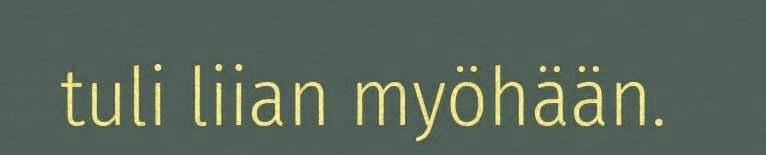
tuli liian myöhään.